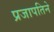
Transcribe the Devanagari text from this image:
प्रजापतिने